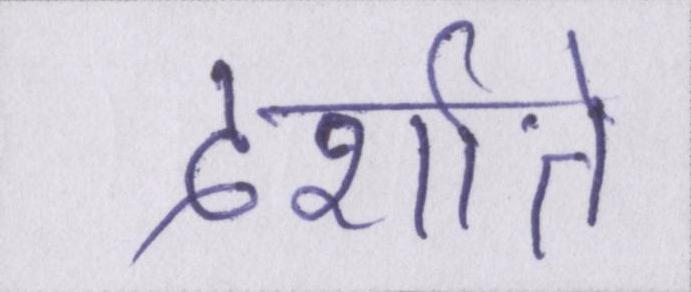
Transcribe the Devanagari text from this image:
दर्शाते